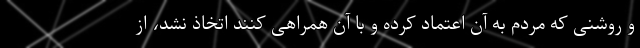
و روشنی که مردم به آن اعتماد کرده و با آن همراهی کنند اتخاذ نشد، از